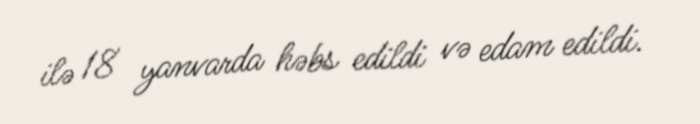
ilə 18 yanvarda həbs edildi və edam edildi.